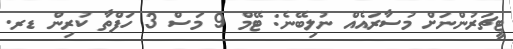
ޓީޗަރުންނަށް މުސާރައެއް ނުލިބޭނެ: ޓޭމް 9 މަސް 3 ހަފްތާ ކުރިން ޑރ.